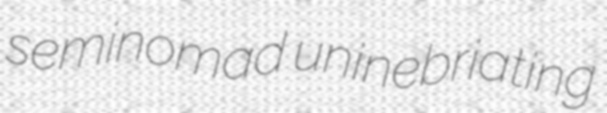
seminomad uninebriating